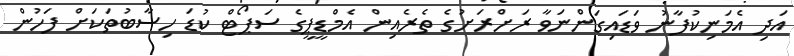
އަދި އެމަނިކުފާނު ވަޑައިގަންނަވާ ރަށްރަށުގެ ތެރެއިން އެމްޑީޕީގެ ސަޕޯޓް ކުޑަ ހިސާބުތަކަށް ފަހުން